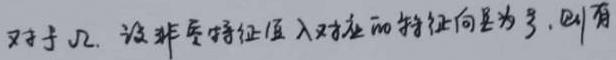
对于 $\mathcal{J}_2$, 设非零特征值 $\lambda$ 对应的特征向量为 $\boldsymbol{\xi}$, 则有